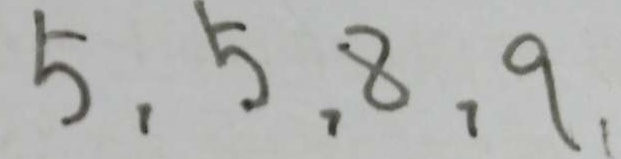
5 . 5 . 8 . 9 .